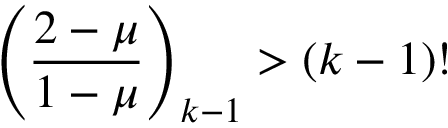
\left( \frac { 2 - \mu } { 1 - \mu } \right) _ { k - 1 } > ( k - 1 ) !